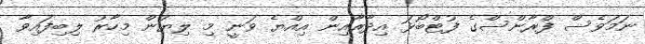
ނަމަވެސް ފްރާންސްގެ ފުޓްބޯޅަ އިދާރާއިން އިއްޔެ ވަނީ މި ލިޔުން މިހާރު ލިބިފައިވާ